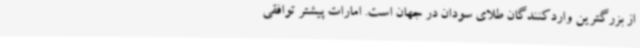
از بزرگترین واردکنندگان طلای سودان در جهان است. امارات پیشتر توافقی